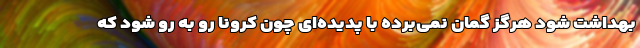
بهداشت شود هرگز گمان نمی‌برده با پدیده‌ای چون کرونا رو به رو شود که